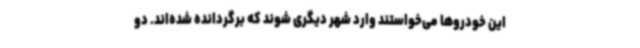
این خودروها می‌خواستند وارد شهر دیگری شوند که برگردانده شده‌اند. دو